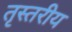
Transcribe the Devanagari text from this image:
तृस्तरीय